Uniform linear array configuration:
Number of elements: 32
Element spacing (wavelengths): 1
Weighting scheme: kaiser
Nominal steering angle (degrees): -45
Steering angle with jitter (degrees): -43.697
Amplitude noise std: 0.05
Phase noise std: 0.05

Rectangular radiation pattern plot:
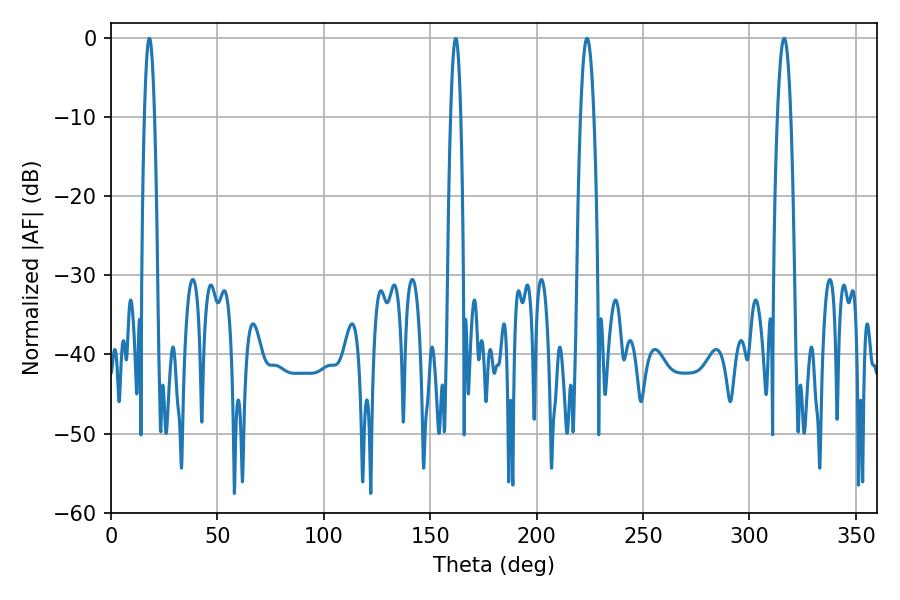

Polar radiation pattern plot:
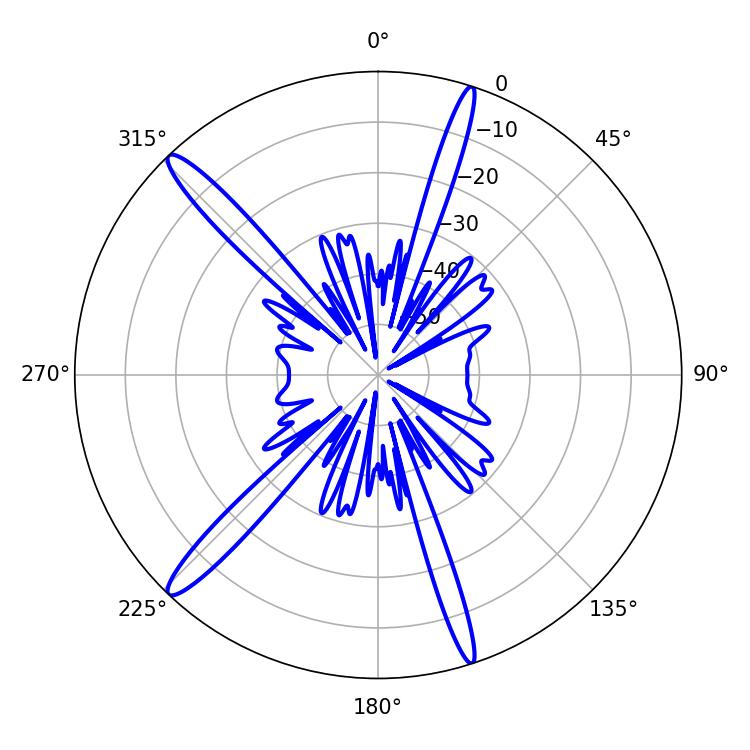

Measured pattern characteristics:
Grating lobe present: TRUE
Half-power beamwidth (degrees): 2.52
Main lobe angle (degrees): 18